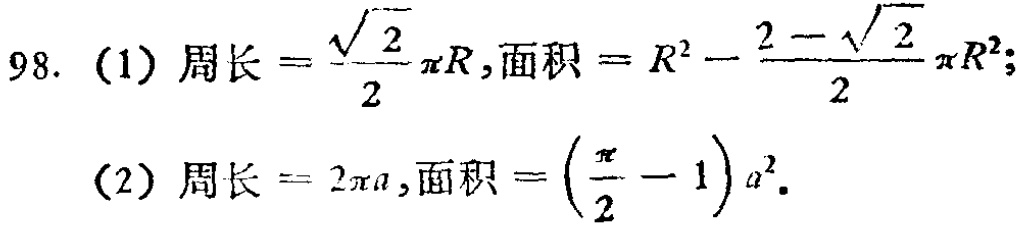
98. (1) 周长$=\frac{\sqrt{2}}{2}\pi R$, 面积$=R^{2}-\frac{2 - \sqrt{2}}{2}\pi R^{2}$;
(2) 周长$=2\pi a$, 面积$=(\frac{\pi}{2}-1)a^{2}$.